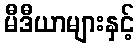
မီဒီယာများနှင့်